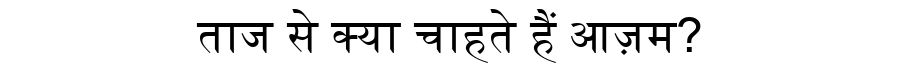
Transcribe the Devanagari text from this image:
ताज से क्या चाहते हैं आज़म?